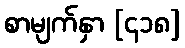
စာမျက်နှာ [၄၁၈]